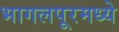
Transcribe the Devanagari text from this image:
भागलपूरमध्ये